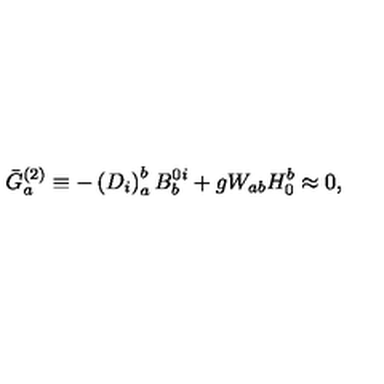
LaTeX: \bar { G } _ { a } ^ { ( 2 ) } \equiv - \left( D _ { i } \right) _ { a } ^ { b } B _ { b } ^ { 0 i } + g W _ { a b } H _ { 0 } ^ { b } \approx 0 ,